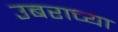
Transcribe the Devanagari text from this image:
उबराच्या